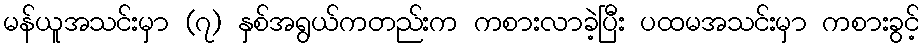
မန်ယူအသင်းမှာ (၇) နှစ်အရွယ်ကတည်းက ကစားလာခဲ့ပြီး ပထမအသင်းမှာ ကစားခွင့်